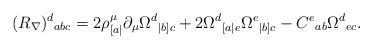
LaTeX: \begin{align*}(R_\nabla)^d{}_{abc}=2\rho^\mu_{[a|}\partial_\mu\Omega^d{}_{|b]c}+2\Omega^d{}_{[a|e}\Omega^e{}_{|b]c}-C^e{}_{ab}\Omega^d{}_{ec}.\end{align*}